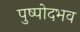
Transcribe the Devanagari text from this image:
पुष्पोदभव